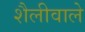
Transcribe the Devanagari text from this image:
शैलीवाले